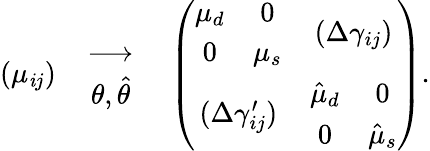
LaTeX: (\mu_{\mathit{i}j})\quad{\longrightarrow\atop{\theta,\hat{{\theta}}}}\quad\left(\begin{array}{cc}{{\begin{array}{cc}{{\mu_{d}}}&{{0}}\\ {{0}}&{{\mu_{s}}}\end{array}}}&{{(\Delta\gamma_{ij})}}\\ {{(\Delta\gamma_{ij}^{\prime})}}&{{\begin{array}{cc}{{\hat{\mu}_{d}}}&{{0}}\\ {{0}}&{{\hat{\mu}_{s}}}\end{array}}}\end{array}\right).